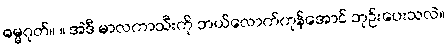
ဓမ္မဂုတ်။ ။ အဲဒီ မာလကာသီးကို ဘယ်လောက်ကုန်အောင် ဘုဉ်းပေးသလဲ။